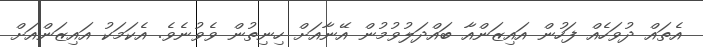
އެތައް ދުވަހެއް ފަހުން އައިޒަންއާ ބައްދަލުވުމުން އޭނާއަށް ހިނިތުން ވެވުނެވެ. އެކަމަކު އައިޒަންއަށް